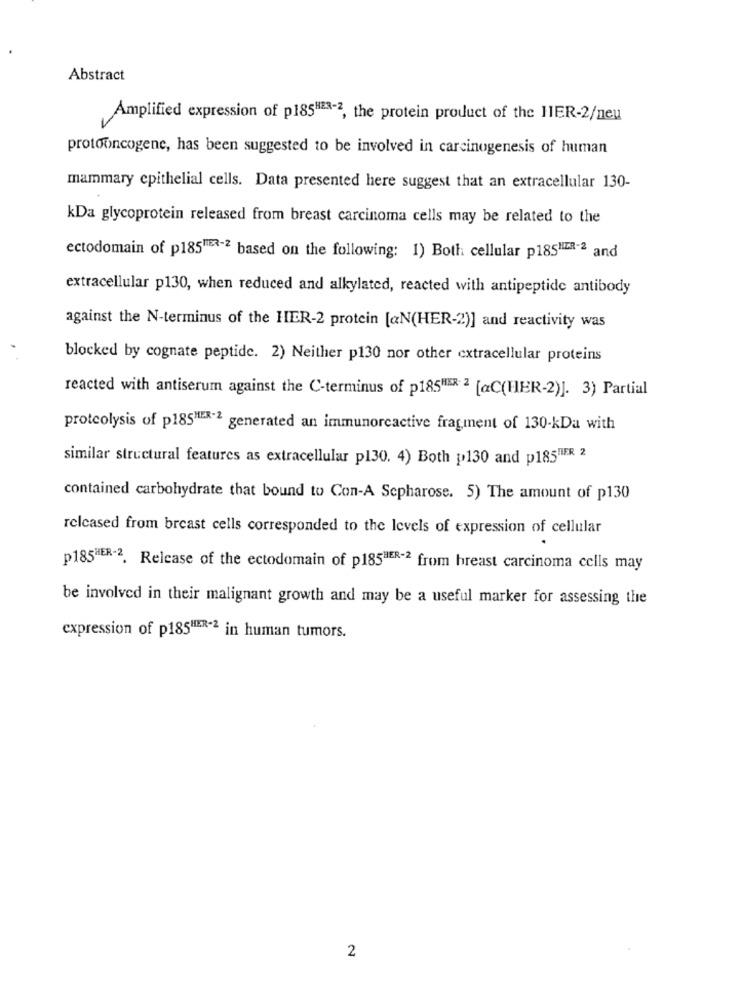
Abstract
Amplified expression of p185HE8-2, the protein product of the HER-2/neu
protooncogene, has been suggested to be involved in carcinogenesis of human
mammary epithelial cells. Data presented here suggest that an extracellular 130-
kDa glycoprotein released from breast carcinoma cells may be related to the
ectodomain of p185TER-2 based on the following: 1) Both cellular p185HER-2 and
extracellular p130, when reduced and alkylated, reacted with antipeptide antibody
against the N-terminus of the HER-2 protein [aN(HER-2)] and reactivity was
blocked by cognate peptide. 2) Neither p130 nor other extracellular proteins
reacted with antiserum against the C-terminus of p185"ER 2 [@C(HER-2)]. 3) Partial
proteolysis of p185HIER-2 generated an immunorcactive fragment of 130-kDa with
similar structural features as extracellular p130. 4) Both p130 and p185"FR 2
contained carbohydrate that bound to Con-A Sepharose. 5) The amount of p130
released from breast cells corresponded to the levels of expression of cellular
p185HER-2. Release of the ectodomain of p185HER-2 from breast carcinoma cells may
be involved in their malignant growth and may be a useful marker for assessing the
expression of p185HER-2 in human tumors.
2